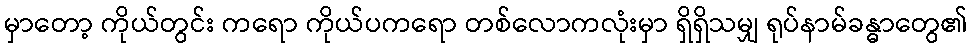
မှာတော့ ကိုယ်တွင်း ကရော ကိုယ်ပကရော တစ်လောကလုံးမှာ ရှိရှိသမျှ ရုပ်နာမ်ခန္ဓာတွေ၏